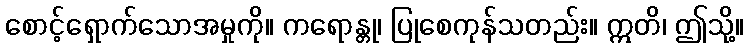
စောင့်ရှောက်သောအမှုကို။ ကရောန္တု၊ ပြုစေကုန်သတည်း။ ဣတိ၊ ဤသို့။